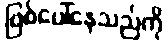
ဖြစ်ပေါ်နေသည်ကို